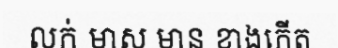
លក់ មាស មាន ខាងកើត